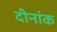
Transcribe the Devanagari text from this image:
दीनांक